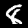
Digit: 8